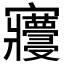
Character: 𡬓